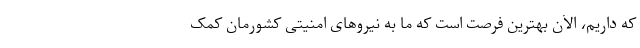
که داریم، الآن بهترین فرصت است که ما به نیروهای امنیتی کشورمان کمک